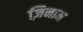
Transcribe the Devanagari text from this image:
ज़िनाम